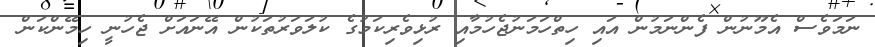
ނަމަވެސް އެމޫނުން ފެންނަަމުން އައި ހިތްހަމަނުޖެހުމާއި ރުޅިވެރިކަމުގެ ކުލަވަރުތަކުން އޭނައަށް ޖެހުނީ ހިމޭންކަން